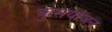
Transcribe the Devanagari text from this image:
कुसंयोजन